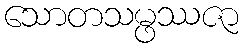
သောတသမ္ဖဿဇာ